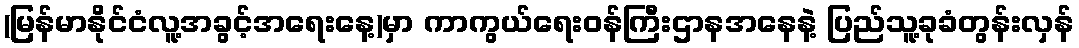
(မြန်မာနိုင်ငံလူ့အခွင့်အရေးနေ့)မှာ ကာကွယ်ရေးဝန်ကြီးဌာနအနေနဲ့ ပြည်သူ့ခုခံတွန်းလှန်